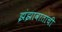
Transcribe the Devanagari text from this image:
झंझावाताची